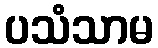
ပသံသာမ